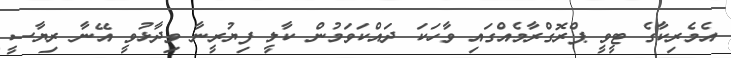
އެމެރިކާގެ ޓީވީ ޕްރޮގްރާމެއްގައި ވާހަކަ ދައްކަވަމުން ކާލީ ފިޔުރީނާ ވިދާޅުވީ އޭނާ ރިޔާސީ